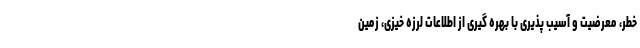
خطر، معرضیت و آسیب پذیری با بهره گیری از اطلاعات لرزه خیزی، زمین